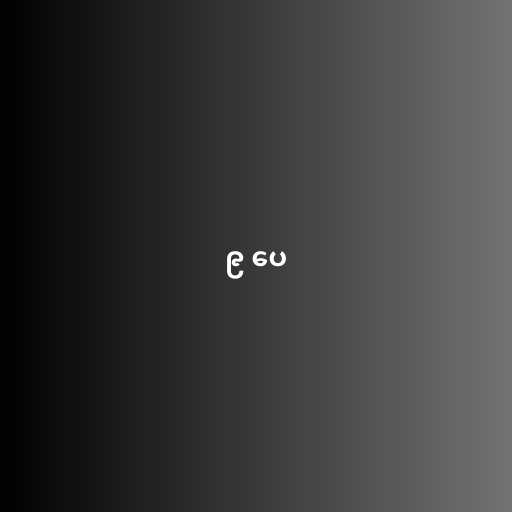
၉ ပေ